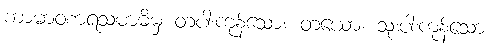
ကာမာဝစာရသမာဓိမှ တပါးကုန်သော။ တယော၊ သုံးပါးကုန်သော